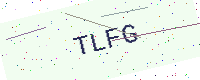
Text: TLFG